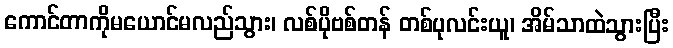
ကောင်တာကိုမယောင်မလည်သွား၊ လစ်ပိုဗစ်တန် တစ်ပုလင်းယူ၊ အိမ်သာထဲသွားပြီး